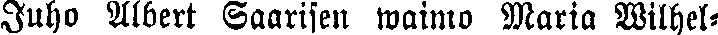
Juho Albert Saarisen waimo Maria Wilhel-